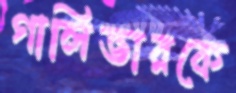
গালিভারকে